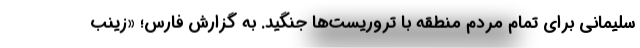
سلیمانی برای تمام مردم منطقه با تروریست‌ها جنگید. به گزارش فارس؛ «زینب